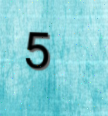
5